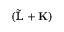
( \tilde { \mathbb { L } } + { \bf K } )